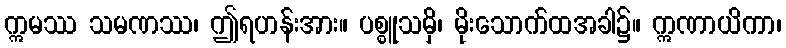
ဣမဿ သမဏဿ၊ ဤရဟန်းအား။ ပစ္စူသမှိ၊ မိုးသောက်ထအခါ၌။ ဣဏာယိကာ၊